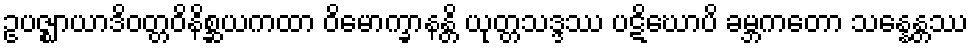
ဥပဇ္ဈာယာဒိဝတ္တဝိနိစ္ဆယကထာ ဝိမောက္ခာနန္တိ ယုတ္တသဒ္ဒဿ ပဋိဃောပိ ခမ္ဘကတော သန္နေန္တဿ